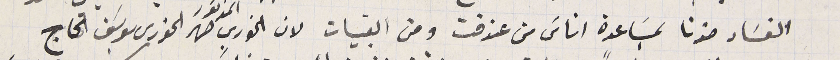
الفسَاد ضدنا بمسَاعدة اناسَ من عندقت ومن القبيات لان الخوري المذكور صهرَ الخورى يوسَف الحاج